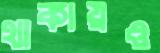
থাকায়ও